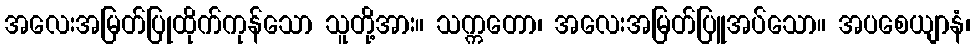
အလေးအမြတ်ပြုထိုက်ကုန်သော သူတို့အား။ သက္ကတော၊ အလေးအမြတ်ပြူအပ်သော။ အပစေယျာနံ၊